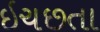
ઇચછતા